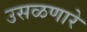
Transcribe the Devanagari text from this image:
उसळणारे